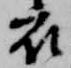
衣